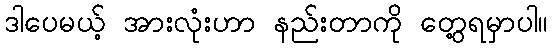
ဒါပေမယ့် အားလုံးဟာ နည်းတာကို တွေ့ရမှာပါ။